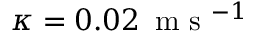
\kappa = 0 . 0 2 \, \mathrm { ~ m ~ s ~ } ^ { - 1 }